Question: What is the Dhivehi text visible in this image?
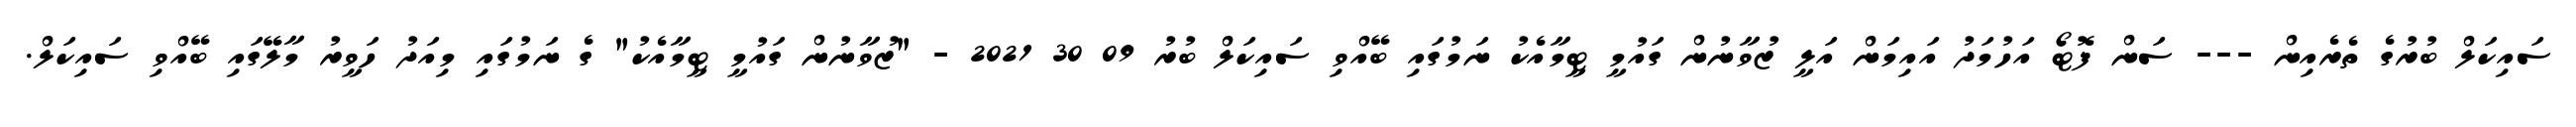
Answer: ސައިކަލް ބުރުގެ ތެރެއިން --- ސަން ފޮޓޯ އަހުމަދު އައިމަން އަލީ ޒުވާނުން ގައުމީ ޓީމާއެކު ނަމުގައި ބޭއްވި ސައިކަލް ބުރު 09 30 2021 - "ޒުވާނުން ގައުމީ ޓީމާއެކު" ގެ ނަމުގައި މިއަދު ހަވީރު މާލޭގައި ބޭއްވި ސައިކަލް.